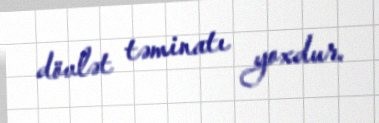
dövlət təminatı yoxdur.